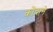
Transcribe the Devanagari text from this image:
कोंदाने